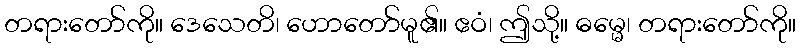
တရားတော်ကို။ ဒေသေတိ၊ ဟောတော်မူ၏။ ဧဝံ၊ ဤသို့။ ဓမ္မေ၊ တရားတော်ကို။